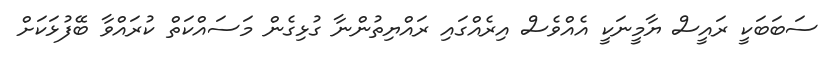
ސަބަބަކީ ރައީސް ޔާމީނަކީ އެއްވެސް އިރެއްގައި ރައްޔިތުންނާ ގުޅިގެން މަސައްކަތް ކުރައްވާ ބޭފުޅަކަށް